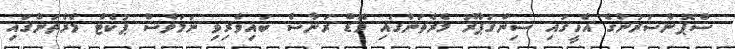
ސްޕޮންސަރުންގެ އެހީގައި ސިންގަޕޫރު މެރެތަންގައި މޭޑް ރަނާސް ބައިވެރިވި ނަމަވެސް ޕުކެޓް މެރެތަންގައި